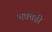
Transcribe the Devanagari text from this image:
भक्तही